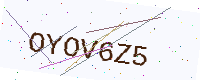
Text: OYOV6Z5